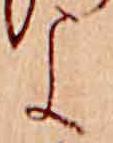
よ